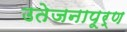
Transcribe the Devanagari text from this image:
उतेजनापूर्ण